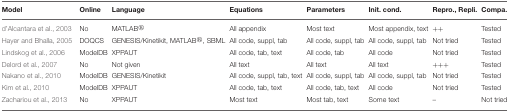
| Model | Online | Language | Equations | Parameters | Init. cond. | Repro., Repli. | Compa. |
 | --- | --- | --- | --- | --- | --- | --- | --- |
 | d'Alcantara et al., 2003 | No | MATLABR | All appendix | Most text | Most appendix, text | ++ | Tested |
 | Hayer and Bhalla, 2005 | DOQCS | GENESIS/Kinetikit, MATLABR, SBML | All code, suppl, tab | All code, suppl, tab | All code, suppl, tab | Not tried | Tested |
 | Lindskog et al., 2006 | ModelDB | XPPAUT | All code, tab, text | All code, tab | All code | Not tried | Tested |
 | Delord et al., 2007 | No | Not given | All text | All text | All text | +++ | Tested |
 | Nakano et al., 2010 | ModelDB | GENESIS/Kinetikit | All code, suppl, tab, text | All code, suppl, tab | All code, suppl, tab | Not tried | Tested |
 | Kim et al., 2010 | ModelDB | XPPAUT | All code, tab, text | All code, tab, text | All code | Not tried | Tested |
 | Zachariou et al., 2013 | No | XPPAUT | Most text | Most tab, text | Some text | – | Not tried |